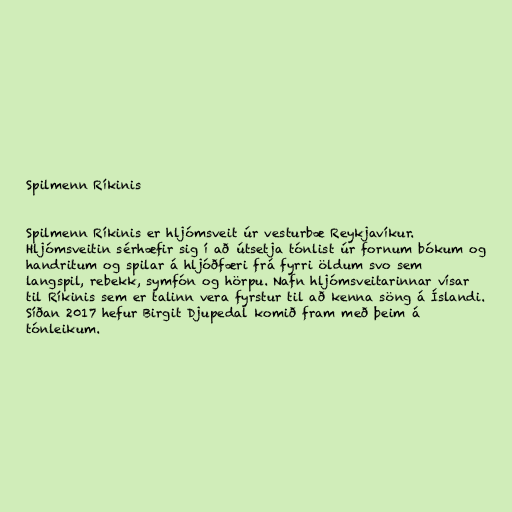
Spilmenn Ríkinis

Spilmenn Ríkinis er hljómsveit úr vesturbæ Reykjavíkur.
Hljómsveitin sérhæfir sig í að útsetja tónlist úr fornum bókum og
handritum og spilar á hljóðfæri frá fyrri öldum svo sem
langspil, rebekk, symfón og hörpu. Nafn hljómsveitarinnar vísar
til Ríkinis sem er talinn vera fyrstur til að kenna söng á Íslandi.
Síðan 2017 hefur Birgit Djupedal komið fram með þeim á
tónleikum.